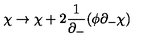
\chi \rightarrow \chi + 2 \frac { 1 } { \partial _ { - } } ( \phi \partial _ { - } \chi )